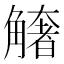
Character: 𧤺